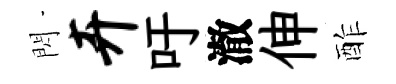
閃卉吁澈伸酢